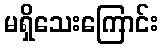
မရှိသေးကြောင်း